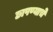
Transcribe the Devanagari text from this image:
छापण्याचे